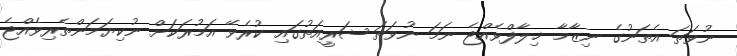
ނުވަތަ އެތަނުގެ ނިޒާމާ ޚިލާފްވެއްޖެ ނަމަ ނުވަތަ ޝަރީއަތުގައި ކުރެވޭ އަމުރަކަށް ނުކިޔަމަންތެރިވެއްޖެ